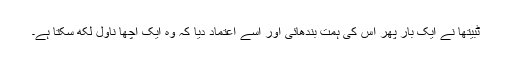
ٹبیتھا نے ایک بار پھر اس کی ہمت بندھائی اور اسے اعتماد دیا کہ وہ ایک اچھا ناول لکھ سکتا ہے۔